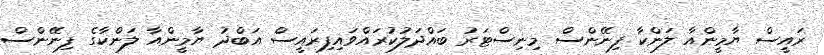
ރައީސް ޔާމީންއާ ލަންކާ ފިނޭންސް މިނިސްޓަރު ބައްދަލުކުރައްވައިފިރައީސް އަބްދު ޔާމީންއާ ލަންކާގެ ފިނޭންސް